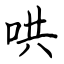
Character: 哄